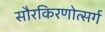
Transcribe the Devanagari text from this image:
सौरकिरणोत्सर्ग